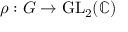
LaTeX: \rho : G \to { \mathrm { G L } } _ { 2 } ( \mathbb { C } )